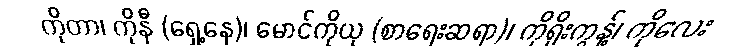
ကိုတာ၊ ကိုနီ (ရှေ့နေ)၊ မောင်ကိုယု (စာရေးဆရာ)၊ ကိုရိုးကွန့်၊ ကိုလေး